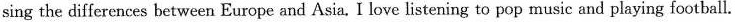
sing the differences between Europe and Asia, I love listening to pop music and playing football.